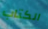
الكتاب